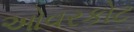
ઓવરકોટ